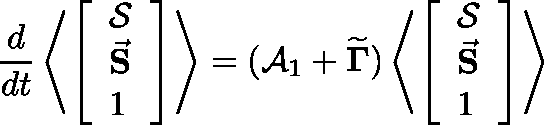
\frac { d } { d t } \left\langle \left[ \begin{array} { l } { \mathcal { S } } \\ { \vec { \mathbf S } } \\ { 1 } \end{array} \right] \right\rangle = ( \mathcal { A } _ { 1 } + \mathbf { \widetilde { \Gamma } } ) \left\langle \left[ \begin{array} { l } { \mathcal { S } } \\ { \vec { \mathbf S } } \\ { 1 } \end{array} \right] \right\rangle \smallskip